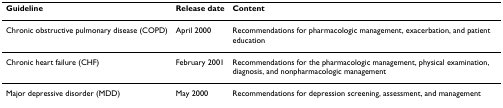
<table><thead><tr><td><b>Guideline</b></td><td><b>Release date</b></td><td><b>Content</b></td></tr></thead><tbody><tr><td>Chronic obstructive pulmonary disease (COPD)</td><td>April 2000</td><td>Recommendations for pharmacologic management, exacerbation, and patient education</td></tr><tr><td>Chronic heart failure (CHF)</td><td>February 2001</td><td>Recommendations for the pharmacologic management, physical examination, diagnosis, and nonpharmacologic management</td></tr><tr><td>Major depressive disorder (MDD)</td><td>May 2000</td><td>Recommendations for depression screening, assessment, and management</td></tr></tbody></table>